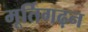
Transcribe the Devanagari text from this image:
मूर्तिगढ़न